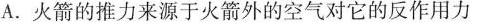
A.火箭的推力来源于火箭外的空气对它的反作用力